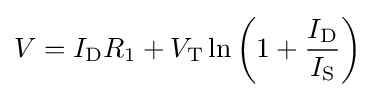
V=I_{\text{D}}R_{1}+V_{\text{T}}\ln \left(1+{\frac {I_{\text{D}}}{I_{\text{S}}}}\right)